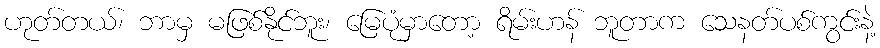
ဟုတ်တယ်၊ ဘာမှ မဖြစ်နိုင်ဘူး၊ မြေပုံမှာတော့ ရိမ်းဟန် ဘူတာက သေနတ်ပစ်ကွင်းနဲ့